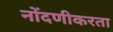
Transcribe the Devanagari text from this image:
नोंदणीकरता